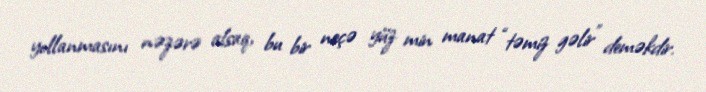
yollanmasını nəzərə alsaq, bu bir neçə yüz min manat “təmiz gəlir” deməkdir.